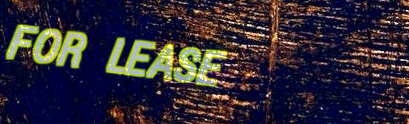
FOR LEASE